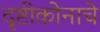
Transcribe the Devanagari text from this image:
दृष्टीकोनाचे